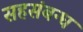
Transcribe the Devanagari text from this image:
सहसंबन्ध